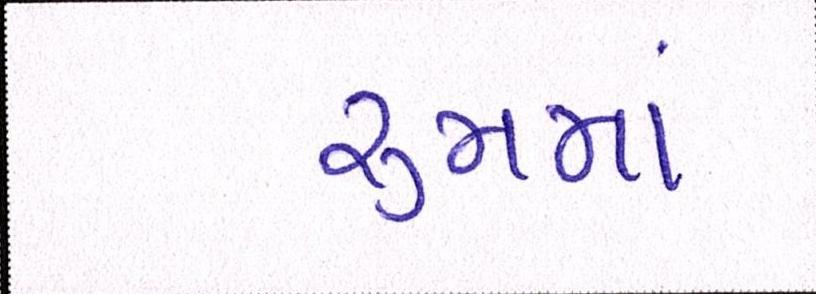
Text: રૂમમાં